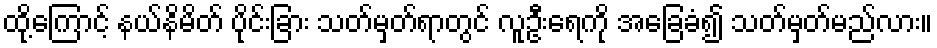
ထို့ကြောင့် နယ်နိမိတ် ပိုင်းခြား သတ်မှတ်ရာတွင် လူဦးရေကို အခြေခံ၍ သတ်မှတ်မည်လား။